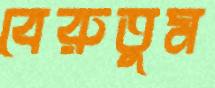
বেরুতুম